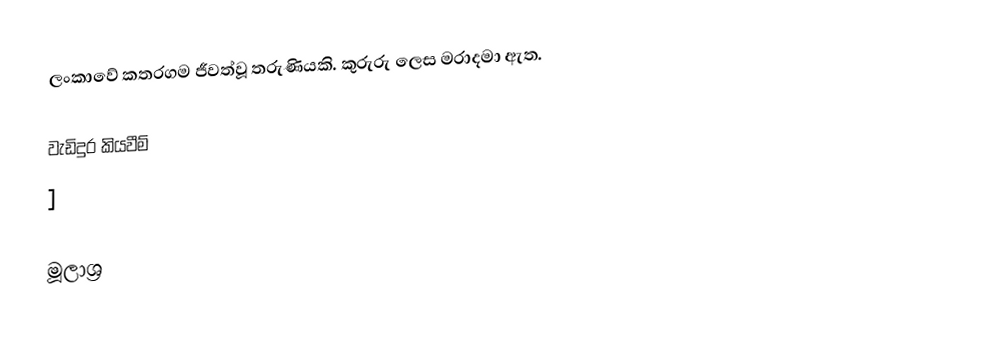
ලංකාවේ කතරගම ජීවත්වූ තරුණියකි. කුරුරු ලෙස මරාදමා ඇත.

වැඩිදුර කියවීම්
 ]

මූලාශ්‍ර